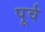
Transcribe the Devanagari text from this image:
पूर्व